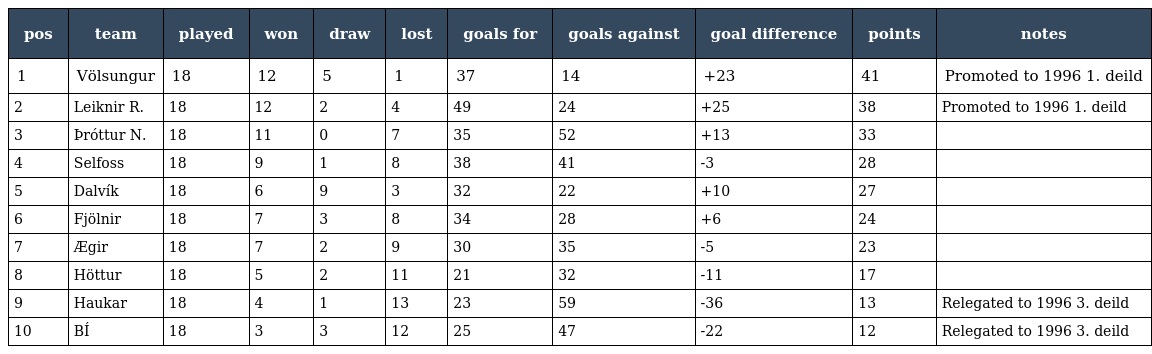
| pos | team | played | won | draw | lost | goals for | goals against | goal difference | points | notes |
 | --- | --- | --- | --- | --- | --- | --- | --- | --- | --- | --- |
 | 1 | Völsungur | 18 | 12 | 5 | 1 | 37 | 14 | +23 | 41 | Promoted to 1996 1. deild |
 | 2 | Leiknir R. | 18 | 12 | 2 | 4 | 49 | 24 | +25 | 38 | Promoted to 1996 1. deild |
 | 3 | Þróttur N. | 18 | 11 | 0 | 7 | 35 | 52 | +13 | 33 |  |
 | 4 | Selfoss | 18 | 9 | 1 | 8 | 38 | 41 | -3 | 28 |  |
 | 5 | Dalvík | 18 | 6 | 9 | 3 | 32 | 22 | +10 | 27 |  |
 | 6 | Fjölnir | 18 | 7 | 3 | 8 | 34 | 28 | +6 | 24 |  |
 | 7 | Ægir | 18 | 7 | 2 | 9 | 30 | 35 | -5 | 23 |  |
 | 8 | Höttur | 18 | 5 | 2 | 11 | 21 | 32 | -11 | 17 |  |
 | 9 | Haukar | 18 | 4 | 1 | 13 | 23 | 59 | -36 | 13 | Relegated to 1996 3. deild |
 | 10 | BÍ | 18 | 3 | 3 | 12 | 25 | 47 | -22 | 12 | Relegated to 1996 3. deild |